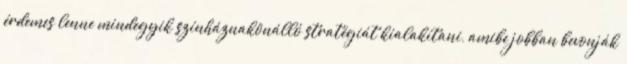
érdemes lenne mindegyik színháznakönálló stratégiát kialakítani, amibe jobban bevonják